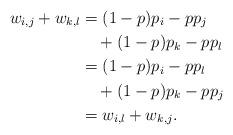
LaTeX: \begin{align*}w_{i,j}+w_{k,l}&=(1-p)p_i-pp_j\\&\quad+(1-p)p_k-pp_l\\&=(1-p)p_i-pp_l\\&\quad+(1-p)p_k-pp_j\\&= w_{i,l}+w_{k,j}.\end{align*}